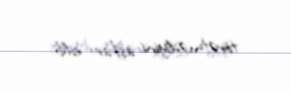
törətmədiyini aşkar edib.